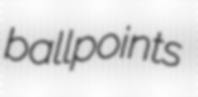
ballpoints